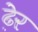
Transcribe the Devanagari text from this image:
ढे़र